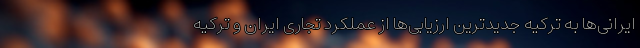
ایرانی‌ها به ترکیه جدیدترین ارزیابی‌ها از عملکرد تجاری ایران و ترکیه